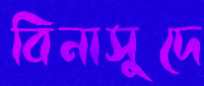
বিনাসুদে